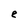
Character: e